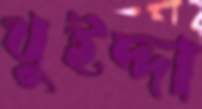
খুইদ্দা